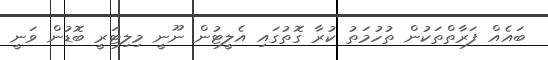
ބައެއް ފަރާތްތަކުން ތުހުމަތު ކުރާ ގޮތުގައި އެލީޓުން ނޫނީ މިލިޓަރީ ބޮޑުން ވަނީ